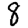
Digit: 8